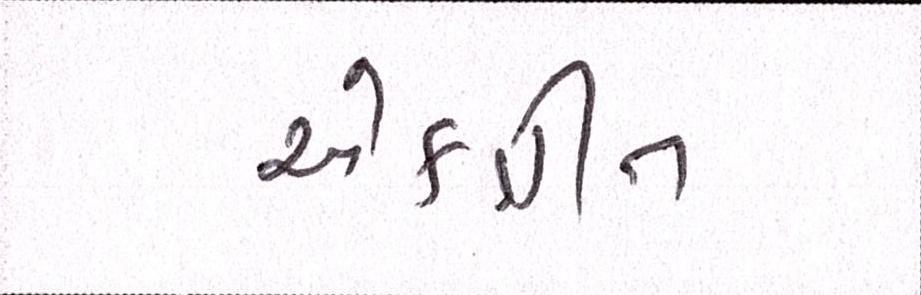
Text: એકત્રીત